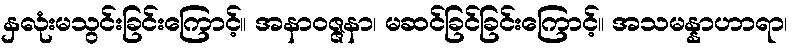
နှလုံးမသွင်းခြင်းကြောင့်။ အနာဝဇ္ဇနာ၊ မဆင်ခြင်ခြင်းကြောင့်။ အသမန္နာဟာရာ၊